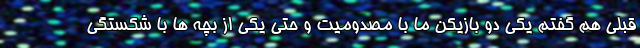
قبلی هم گفتم یکی دو بازیکن ما با مصدومیت و حتی یکی از بچه ها با شکستگی